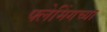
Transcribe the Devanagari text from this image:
फ्लेमिंगच्या